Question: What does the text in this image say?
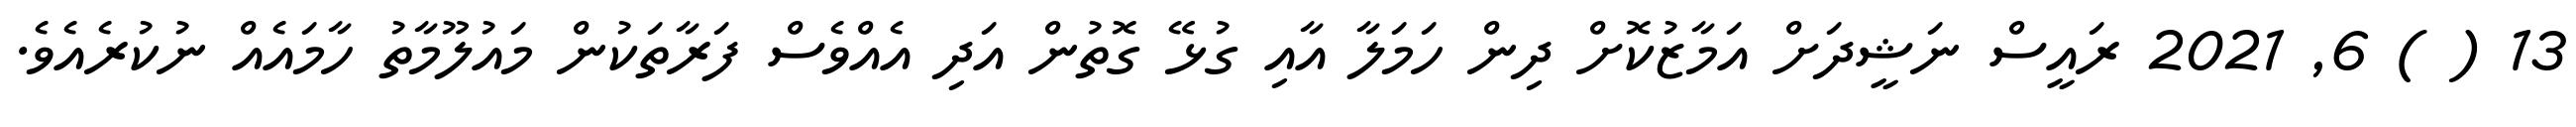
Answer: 13 ( ) 6, 2021 ރައީސް ނަޝީދަށް އަމާޒުކޮށް ދިން ހަމަލާ އާއި ގުޅޭ ގޮތުން އަދި އެއްވެސް ފަރާތަކުން މައުލޫމާތު ހާމައެއް ނުކުރެއެވެ.